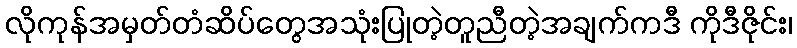
လိုကုန်အမှတ်တံဆိပ်တွေအသုံးပြုတဲ့တူညီတဲ့အချက်ကဒီ ကိုဒီဇိုင်း၊